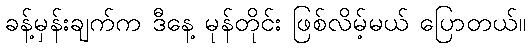
ခန့်မှန်းချက်က ဒီနေ့ မုန်တိုင်း ဖြစ်လိမ့်မယ် ပြောတယ်။